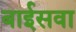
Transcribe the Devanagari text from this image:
बाईसवा